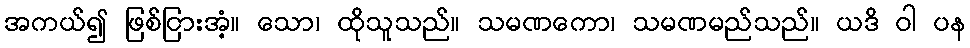
အကယ်၍ ဖြစ်ငြားအံ့။ သော၊ ထိုသူသည်။ သမဏကော၊ သမဏမည်သည်။ ယဒိ ဝါ ပန